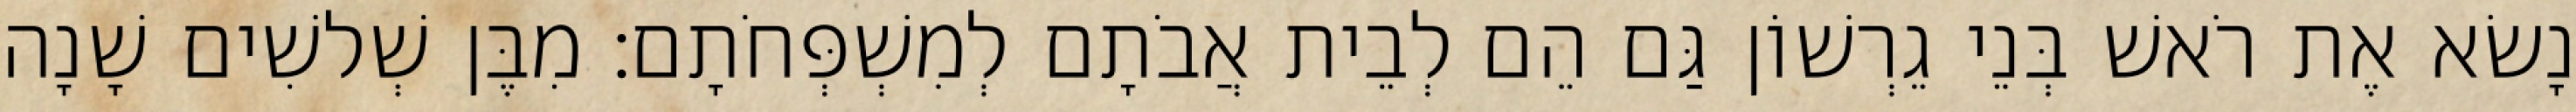
נָשׂא אֶת רֹאשׁ בְּנֵי גֵרְשׁוֹן גַּם הֵם לְבֵית אֲבֹתָם לְמִשְׁפְּחֹתָם׃ מִבֶּן שְׁלשִׁים שָׁנָה